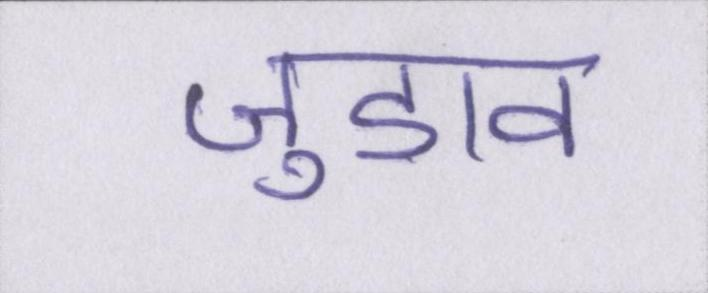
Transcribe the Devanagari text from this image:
जुडाव